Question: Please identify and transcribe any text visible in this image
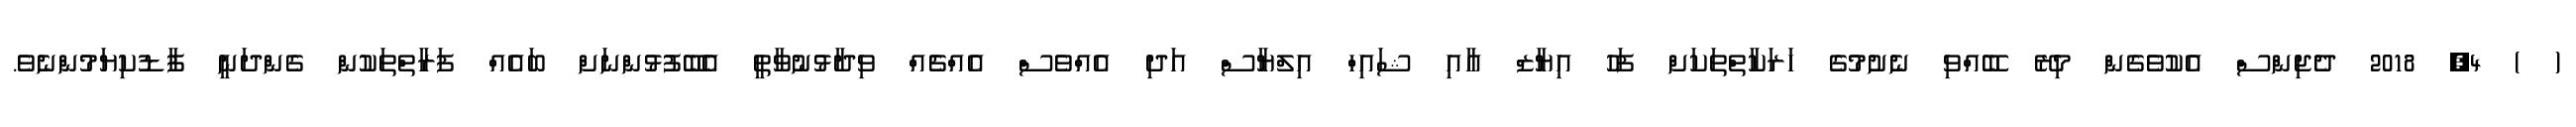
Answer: ( ) 4, 2018 ދެޖިންސް އެކުވެގެން މިރޭ ބޭއްވި ނެށުމުގެ ހަރަކާތްތަކަށް ފަހު އިޔާޒް އާއި ޝައިހް އިލްޔާސް އަދި އެއްވެސް އެއްޗެއް ވިދާޅުނުވާތީ އެބޭފުޅުންނަށް ބައެއް ފަރާތްތަކުން ގެންދަނީ ފާޑުކިޔަމުންނެވެ.